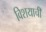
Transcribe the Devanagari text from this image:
विशयाची